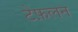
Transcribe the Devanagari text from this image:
टेफ़लन